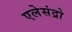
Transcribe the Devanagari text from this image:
एलेसंद्रो